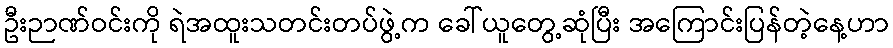
ဦးဉာဏ်ဝင်းကို ရဲအထူးသတင်းတပ်ဖွဲ့က ခေါ်ယူတွေ့ဆုံပြီး အကြောင်းပြန်တဲ့နေ့ဟာ